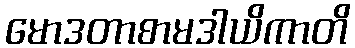
မောဒတာစာမဒါယိကာတိ